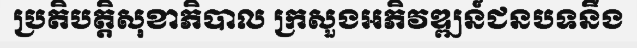
ប្រតិបត្តិសុខាភិបាល ក្រសួងអភិវឌ្ឍន៍ជនបទនឹង